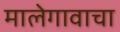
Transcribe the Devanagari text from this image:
मालेगावाचा